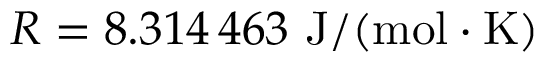
R = 8 . 3 1 4 \, 4 6 3 ~ \mathrm { J / ( m o l \cdot K ) }